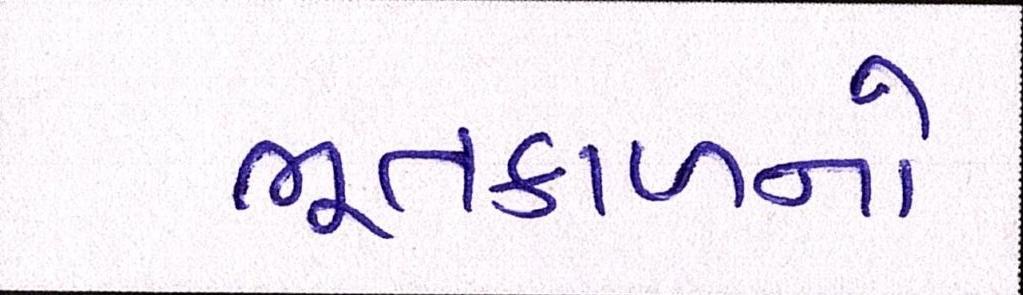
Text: ભૂતકાળનો